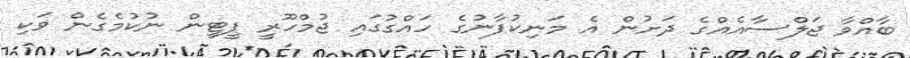
ބާއްވާ ޖަލްސާއެއްގެ ދަށުން އެ މަނިކުފާނުގެ ހައްގުގައި ޖުމްހޫރީ ޕީޓީން ނުކުމެގެން ވަކި